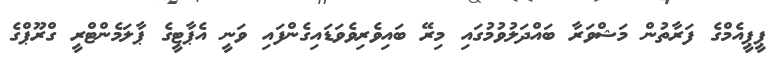
ޕީޕީއެމްގެ ފަރާތުން މަޝްވަރާ ބައްދަލުވުމުގައި މިރޭ ބައިވެރިވެވަޑައިގެންފައި ވަނީ އެޕާޓީގެ ޕާލަމެންޓްރީ ގްރޫޕްގެ